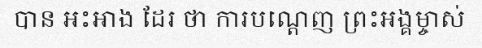
បាន អះអាង ដែរ ថា ការបណ្តេញ ព្រះអង្គម្ចាស់